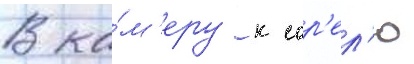
В ка́м'еру к сор'ел'ю